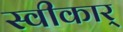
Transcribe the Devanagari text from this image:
स्वीकार्